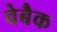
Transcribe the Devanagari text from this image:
वेबैक